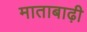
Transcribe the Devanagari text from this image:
माताबाढ़ी